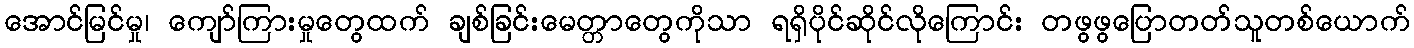
အောင်မြင်မှု၊ ကျော်ကြားမှုတွေထက် ချစ်ခြင်းမေတ္တာတွေကိုသာ ရရှိပိုင်ဆိုင်လိုကြောင်း တဖွဖွပြောတတ်သူတစ်ယောက်